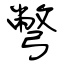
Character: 彆